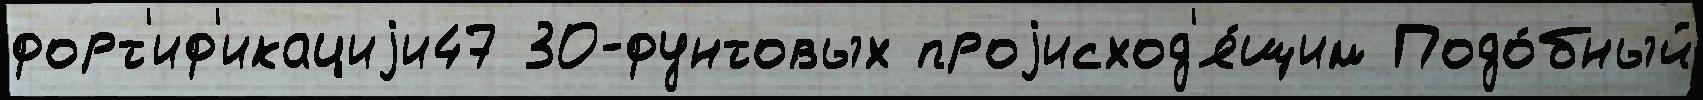
форт'иф'икациjи47 30-фунтовых проjисход'я́щим Подо́бный